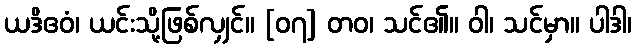
ယဒိဧဝံ၊ ယင်းသို့ဖြစ်လျှင်။ [၀၇] တဝ၊ သင်၏။ ဝါ၊ သင်မှာ။ ပါဒါ၊